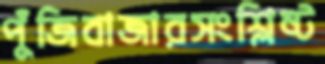
পুঁজিবাজারসংশ্লিষ্ট